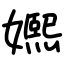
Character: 㜯